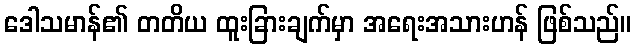
ဒေါသမာန်၏ တတိယ ထူးခြားချက်မှာ အရေးအသားဟန် ဖြစ်သည်။